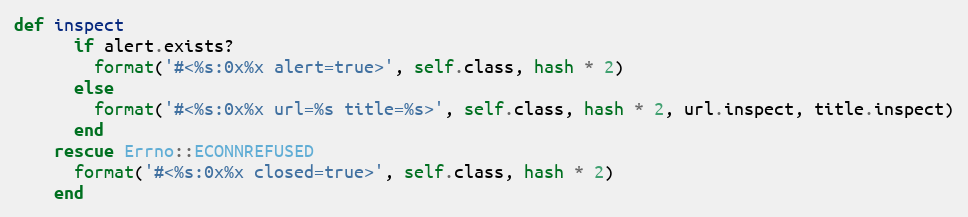
Language: Ruby
def inspect
      if alert.exists?
        format('#<%s:0x%x alert=true>', self.class, hash * 2)
      else
        format('#<%s:0x%x url=%s title=%s>', self.class, hash * 2, url.inspect, title.inspect)
      end
    rescue Errno::ECONNREFUSED
      format('#<%s:0x%x closed=true>', self.class, hash * 2)
    end